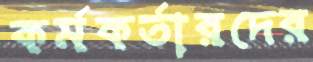
কর্মকর্তারদের